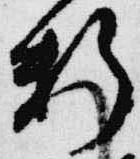
料